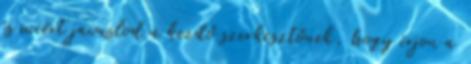
és miért javaslod a kezdő szerkesztőnek, hogy írjon a